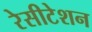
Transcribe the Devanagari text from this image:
रेसीटेशन